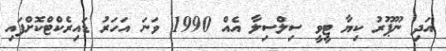
އަދި ނޫޕޫރު ކިޔާ ޓީވީ ސިލްސިލާ އެއް 1990 ވަނަ އަހަރު ޑައިރެކްޓްކޮށްފައި